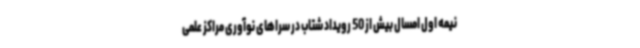
نیمه اول امسال بیش از 50 رویداد شتاب در سراهای نوآوری مراکز علمی